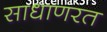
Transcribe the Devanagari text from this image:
साधाणरत